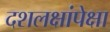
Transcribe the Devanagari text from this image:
दशलक्षांपेक्षा